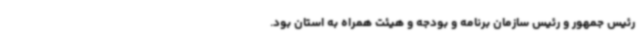
رئیس جمهور و رئیس سازمان برنامه و بودجه و هیئت همراه به استان بود.